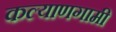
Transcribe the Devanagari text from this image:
कल्याणगामी